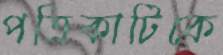
পত্রিকাটিকে